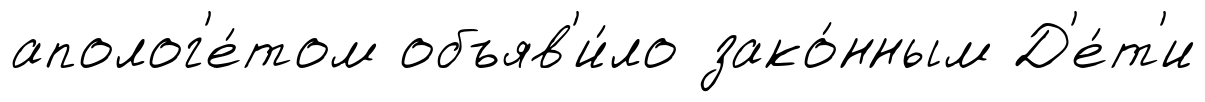
аполог'е́том объяв'и́ло зако́нным Д'е́т'и